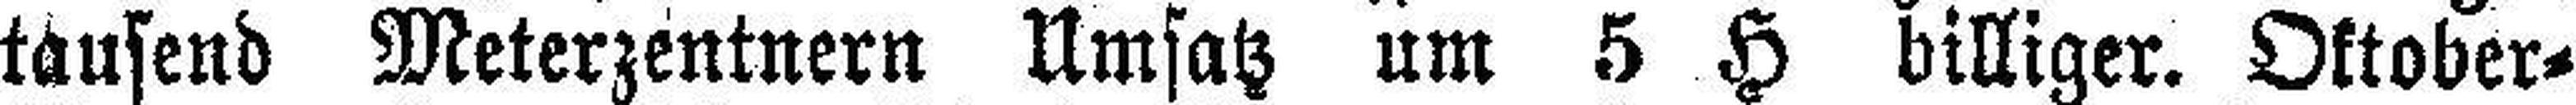
tausend Meterzentnern Umsatz um 5 H billiger. Oktober=